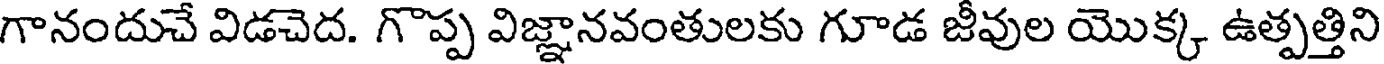
గానందుచే విడచెద. గొప్ప విజ్ఞానవంతులకు గూడ జీవుల యొక్క ఉత్పత్తిని